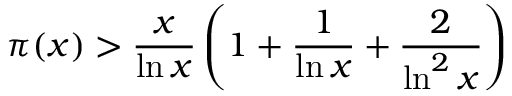
\pi ( x ) > { \frac { x } { \ln x } } \left( 1 + { \frac { 1 } { \ln x } } + { \frac { 2 } { \ln ^ { 2 } x } } \right)